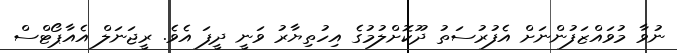
ނުވާ މުވައްޒަފުންނަށް އެފުރުސަތު ދޫކޮށްލުމުގެ އިހުތިޔާރު ވަނީ ދީފަ އެވެ. ރީޖަނަލް އެއާޕޯޓްސް